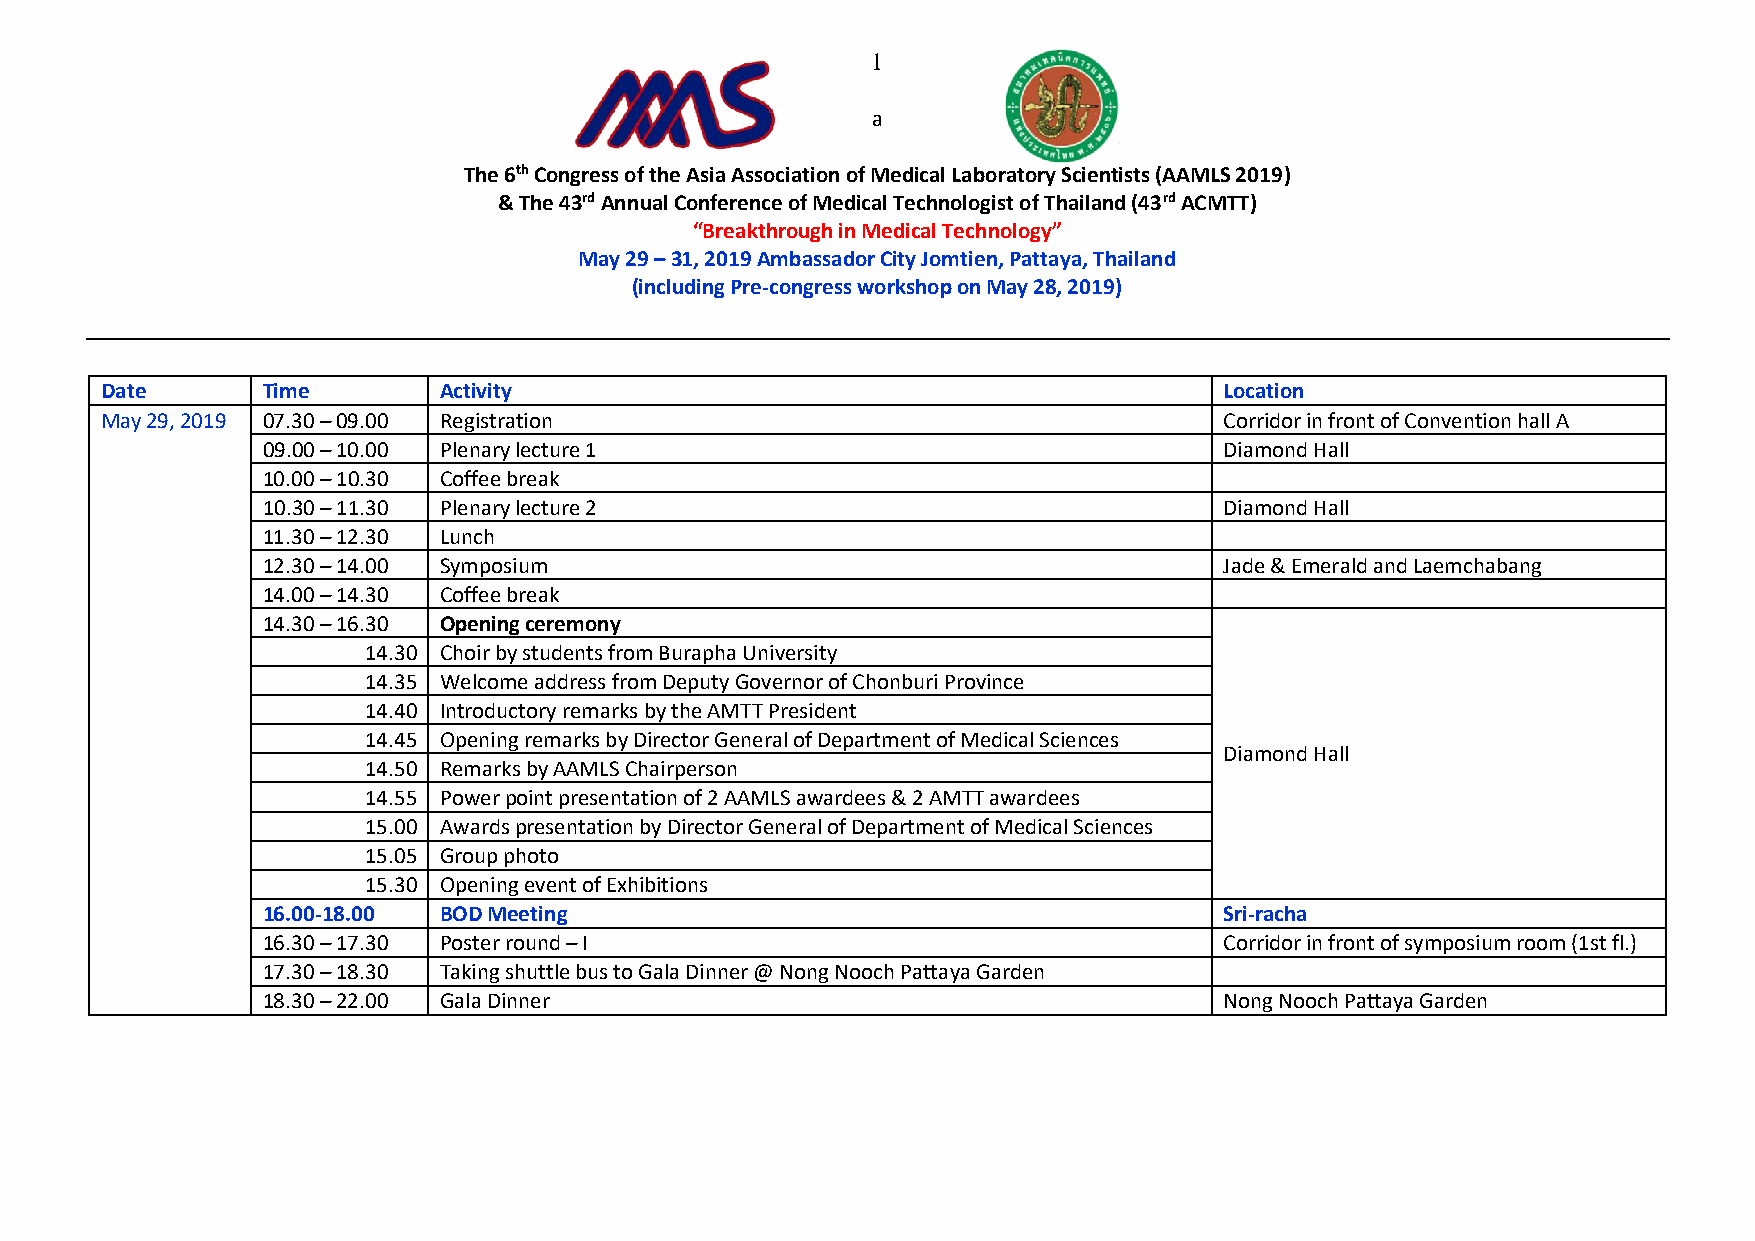
1
 a
 The 6th Congress of the Asia Association of Medical Laboratory Scientists (AAMLS 2019)
 & The 43rd Annual Conference of Medical Technologist of Thailand (43rd ACMTT)
 “Breakthrough in Medical Technology”
 May 29 – 31, 2019 Ambassador City Jomtien, Pattaya, Thailand
 (including Pre-congress workshop on May 28, 2019)
 Date      Time        Activity                                            Location
 May 29, 2019 07.30 – 09.00 Registration                                   Corridor in front of Convention hall A
 09.00 – 10.00 Plenary lecture 1                                 Diamond Hall
 10.00 – 10.30 Coffee break
 10.30 – 11.30 Plenary lecture 2                                 Diamond Hall
 11.30 – 12.30 Lunch
 12.30 – 14.00 Symposium                                         Jade & Emerald and Laemchabang
 14.00 – 14.30 Coffee break
 14.30 – 16.30 Opening ceremony
 14.30 Choir by students from Burapha University
 14.35 Welcome address from Deputy Governor of Chonburi Province
 14.40 Introductory remarks by the AMTT President
 14.45 Opening remarks by Director General of Department of Medical Sciences
 Diamond Hall
 14.50 Remarks by AAMLS Chairperson
 14.55 Power point presentation of 2 AAMLS awardees & 2 AMTT awardees
 15.00 Awards presentation by Director General of Department of Medical Sciences
 15.05 Group photo
 15.30 Opening event of Exhibitions
 16.00-18.00 BOD Meeting                                         Sri-racha
 16.30 – 17.30 Poster round – I                                  Corridor in front of symposium room (1st fl.)
 17.30 – 18.30 Taking shuttle bus to Gala Dinner @ Nong Nooch Pattaya Garden
 18.30 – 22.00 Gala Dinner                                       Nong Nooch Pattaya Garden